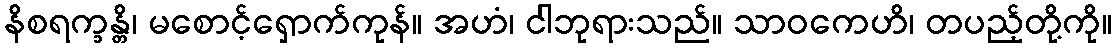
နိစရက္ခန္တိ၊ မစောင့်ရှောက်ကုန်။ အဟံ၊ ငါဘုရားသည်။ သာဝကေဟိ၊ တပည့်တို့ကို။